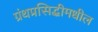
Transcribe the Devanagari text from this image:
ग्रंथप्रसिद्धीमधील